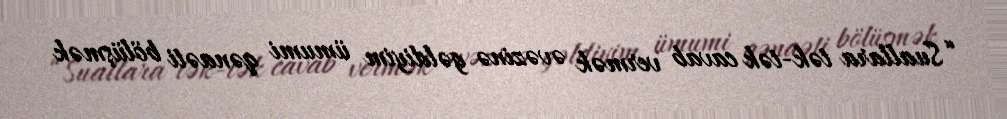
“Suallara tək-tək cavab vermək əvəzinə gəldiyim ümumi qənaəti bölüşmək